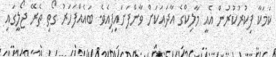
ކަމަކާ ފިކުރުކުރުން އެއީ މާލިކްގެ އާދައަކަށް ވާންފަށައިފިއެވެ. ބައެއްފަހަރު ގޯތި ތެރޭ ޖޯލީގައި